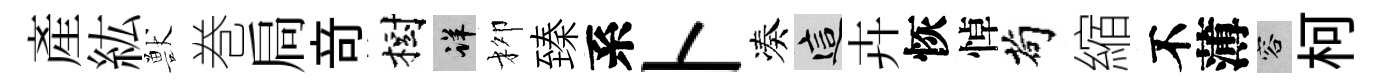
産紘獸巻扃竒樹详柳臻系卜凑這卉恢悼茍縮不薄容柯